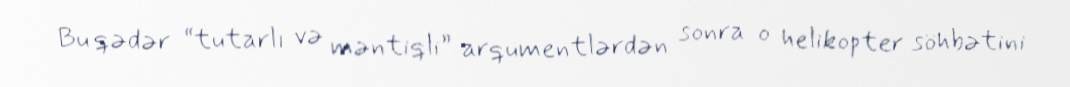
Bu qədər “tutarlı və məntiqli” arqumentlərdən sonra o helikopter söhbətini